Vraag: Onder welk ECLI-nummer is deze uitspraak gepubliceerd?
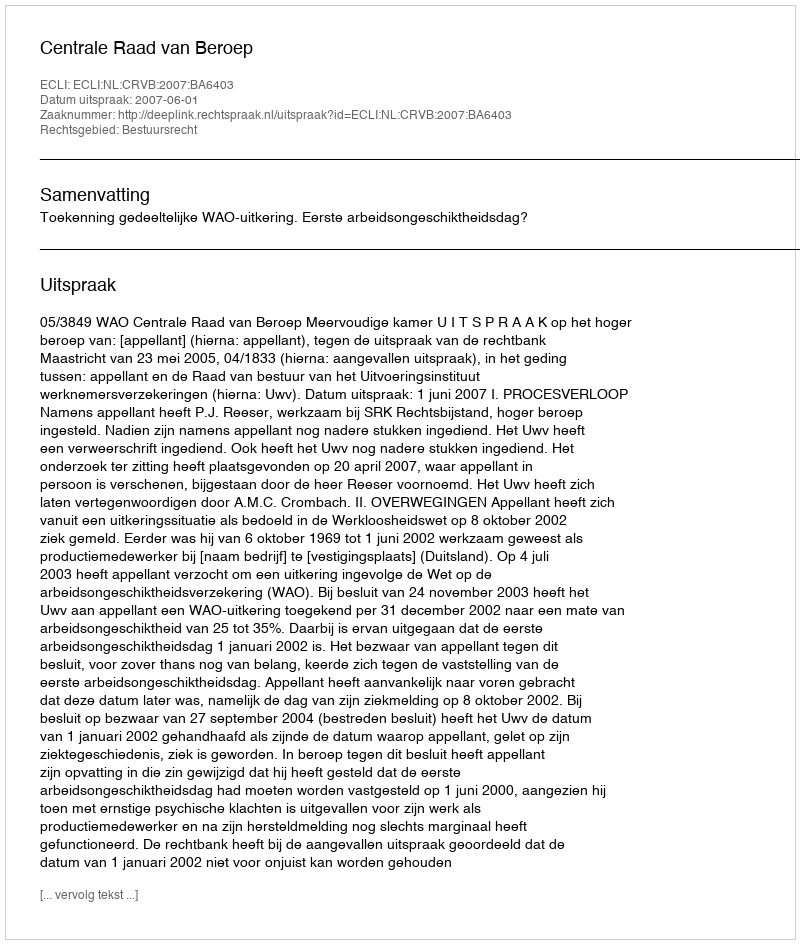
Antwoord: ECLI:NL:CRVB:2007:BA6403